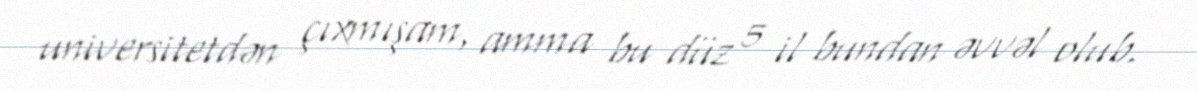
universitetdən çıxmışam, amma bu düz 5 il bundan əvvəl olub.